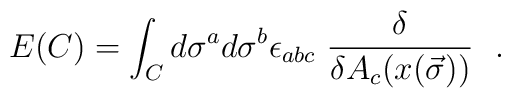
E(C) = \int_{C}          d\sigma^{a}d\sigma^{b}         \epsilon_{abc}\ \frac{\delta}{\delta          A_{c}(x(\vec\sigma))}\ \ .